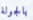
بالجولة